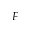
F